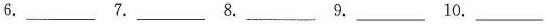
6.___7.___ 8.___9.___10.___